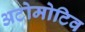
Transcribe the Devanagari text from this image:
अटोमोटिव